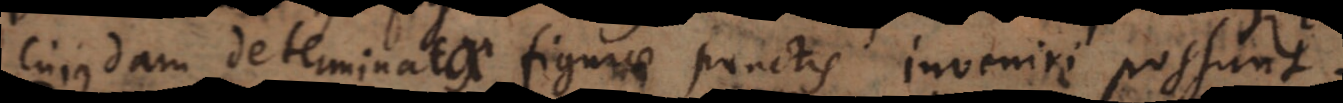
cujusdam determinatae figurae punctis inveniri possunt.